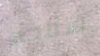
سلاحه